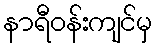
နာရီဝန်းကျင်မှ